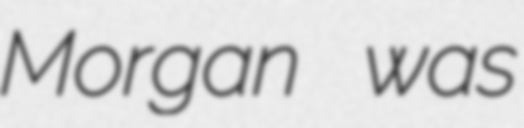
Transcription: Morgan was